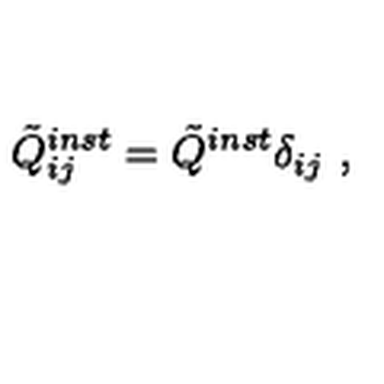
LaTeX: \tilde { Q } _ { i j } ^ { i n s t } = \tilde { Q } ^ { i n s t } \delta _ { i j } \ ,